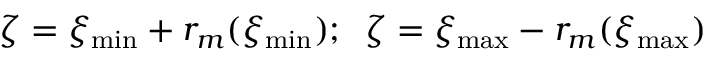
\zeta = \xi _ { \operatorname* { m i n } } + r _ { m } ( \xi _ { \operatorname* { m i n } } ) ; \; \; \zeta = \xi _ { \operatorname* { m a x } } - r _ { m } ( \xi _ { \operatorname* { m a x } } )